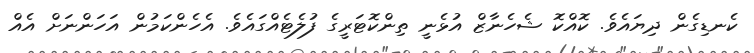
ކެނޑިގެން ދިޔައެވެ. ކޮއްކޮ ޝެހެނާޒް އުޅެނީ ތިންކޮޓަރީގެ ފުލެޓެއްގައެވެ. އެހެންކަމުން އަހަންނަށް އެއް